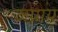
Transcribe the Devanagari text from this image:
जग्राय